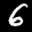
Label: 6